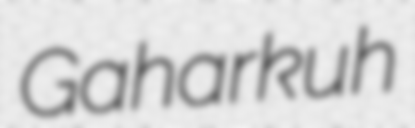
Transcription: Gaharkuh